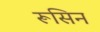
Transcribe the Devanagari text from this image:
रूसिन